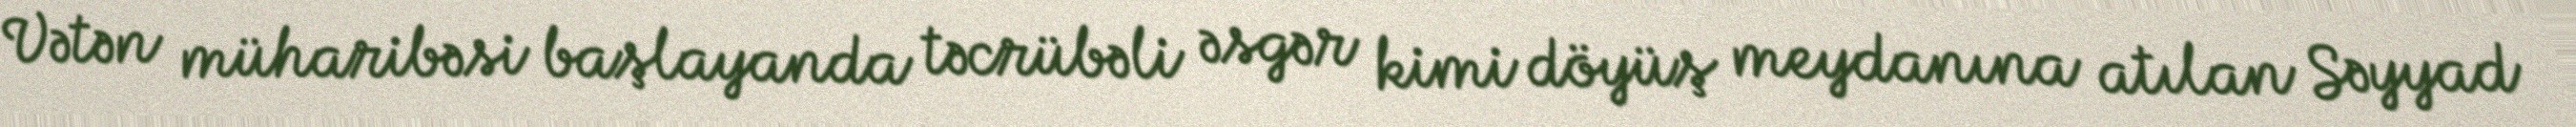
Vətən müharibəsi başlayanda təcrübəli əsgər kimi döyüş meydanına atılan Səyyad